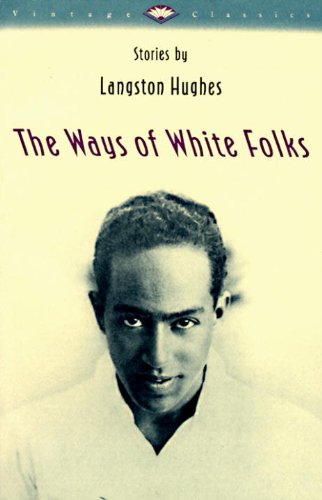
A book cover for The Ways of White Folks: Stories (Vintage Classics); Langston Hughes; Literature & Fiction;